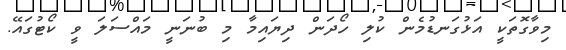
މިވާގޮތަކީ އަޅުގަނޑުމެން ކުލި ހޯދަން ދިޔައިމާ މި ބުނަނީ މައްސަލަ ވީ ކޯޓުގައޭ.